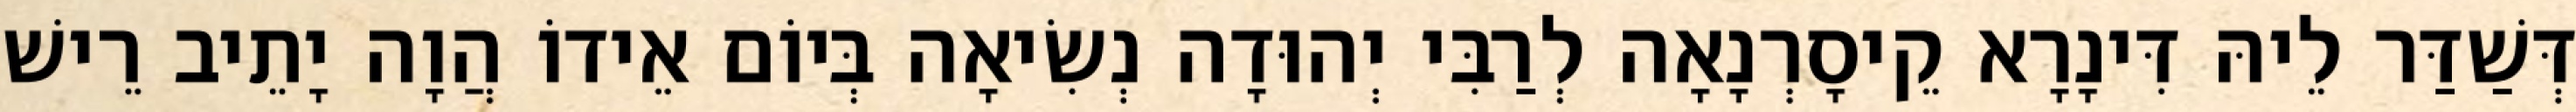
דְּשַׁדַּר לֵיהּ דִּינָרָא קֵיסָרְנָאָה לְרַבִּי יְהוּדָה נְשִׂיאָה בְּיוֹם אֵידוֹ הֲוָה יָתֵיב רֵישׁ